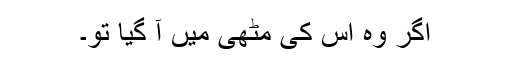
اگر وہ اس کی مٹھی میں آ گیا تو۔